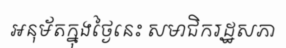
អនុម័តក្នុងថ្ងៃនេះ សមាជិករដ្ឋសភា